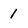
Character: 1